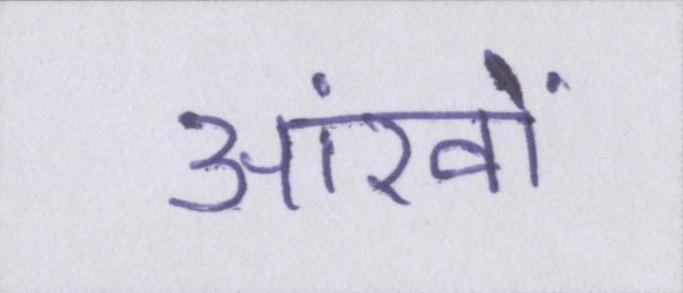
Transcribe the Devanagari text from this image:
आंखों